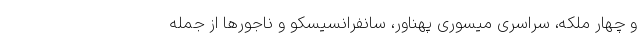
و چهار ملکه، سراسری میسوری پهناور، سانفرانسیسکو و ناجورها از جمله